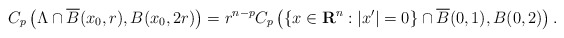
\begin{align*}C_p\left( \Lambda \cap \overline{B}(x_0,r), B(x_0, 2 r) \right) =r^{n-p} C_p\left( \{x\in\mathbf{R}^n : |x'| = 0\} \cap \overline{B}(0,1), B(0, 2) \right).\end{align*}